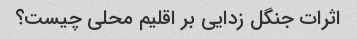
اثرات جنگل زدایی بر اقلیم محلی چیست؟